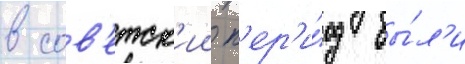
в сов'етск'ии п'ер'и́од бы́л'и